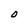
Character: O